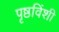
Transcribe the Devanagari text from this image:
पृष्ठविंशी